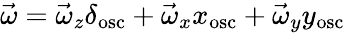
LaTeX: \vec{\omega}=\vec{\omega}_{z}\delta_{\mathrm{osc}}+\vec{\omega}_{x}x_{\mathrm{osc}}+\vec{\omega}_{y}y_{\mathrm{osc}}